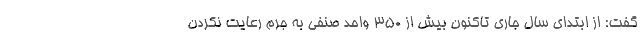
گفت: از ابتدای سال جاری تاکنون بیش از ٣۵٠ واحد صنفی به جرم رعایت نکردن